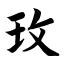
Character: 玫